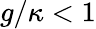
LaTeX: g/\kappa<1